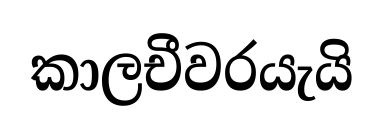
කාලචීවරයැයි